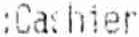
:CASHIER